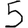
Digit: 5